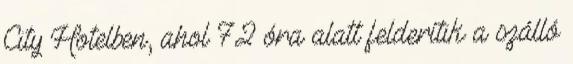
City Hotelben, ahol 72 óra alatt felderítik a szálló